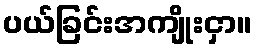
ပယ်ခြင်းအကျိုးငှာ။